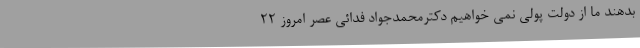
بدهند ما از دولت پولی نمی خواهیم دکترمحمدجواد فدائی عصر امروز 22